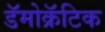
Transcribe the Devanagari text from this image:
डॅमोक्रॅटिक